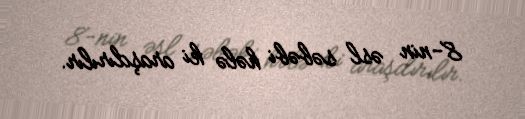
8-nin əsl səbəbi hələ ki araşdırılır.